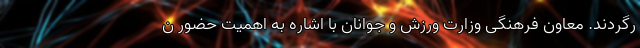
رگردند. معاون فرهنگی وزارت ورزش و جوانان با اشاره به اهمیت حضور ن